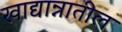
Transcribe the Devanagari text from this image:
खाद्यान्नातील